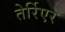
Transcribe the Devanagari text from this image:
तेर्रिएर